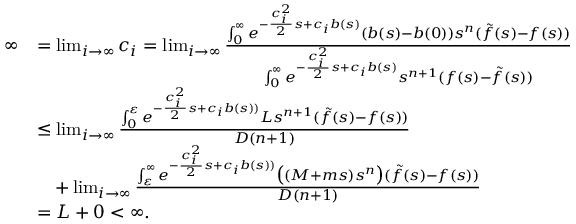
\begin{array} { r l } { \infty } & { = \operatorname* { l i m } _ { i \to \infty } c _ { i } = \operatorname* { l i m } _ { i \to \infty } \frac { \int _ { 0 } ^ { \infty } e ^ { - \frac { c _ { i } ^ { 2 } } { 2 } s + c _ { i } b ( s ) } ( b ( s ) - b ( 0 ) ) s ^ { n } ( \tilde { f } ( s ) - f ( s ) ) \d s } { \int _ { 0 } ^ { \infty } e ^ { - \frac { c _ { i } ^ { 2 } } { 2 } s + c _ { i } b ( s ) } s ^ { n + 1 } ( f ( s ) - \tilde { f } ( s ) ) \d s } } \\ & { \leq \operatorname* { l i m } _ { i \to \infty } \frac { \int _ { 0 } ^ { \varepsilon } e ^ { - \frac { c _ { i } ^ { 2 } } { 2 } s + c _ { i } b ( s ) ) } L s ^ { n + 1 } ( \tilde { f } ( s ) - f ( s ) ) \d s } { D ( n + 1 ) } } \\ & { \quad + \operatorname* { l i m } _ { i \to \infty } \frac { \int _ { \varepsilon } ^ { \infty } e ^ { - \frac { c _ { i } ^ { 2 } } { 2 } s + c _ { i } b ( s ) ) } \big ( ( M + m s ) s ^ { n } \big ) ( \tilde { f } ( s ) - f ( s ) ) \d s } { D ( n + 1 ) } } \\ & { = L + 0 < \infty . } \end{array}